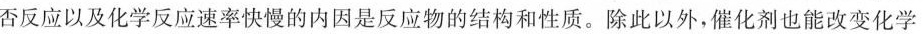
否反应以及化学反应速率快慢的内因是反应物的结构和性质。除此以外，催化剂也能改变化学